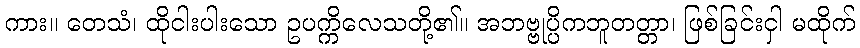
ကား။ တေသံ၊ ထိုငါးပါးသော ဥပက္ကိလေသတို့၏။ အဘဗ္ဗုပ္ပိကဘူတတ္တာ၊ ဖြစ်ခြင်းငှါ မထိုက်